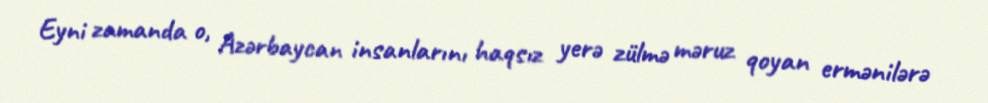
Eyni zamanda o, Azərbaycan insanlarını haqsız yerə zülmə məruz qoyan ermənilərə